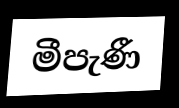
මීපැණී